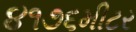
૪૧૭૬મીટર